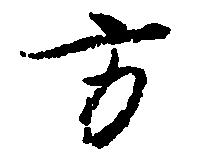
方